Plague in India, 1896, 1897 - Volume 3
Year: 1896
Disease focus: Plague
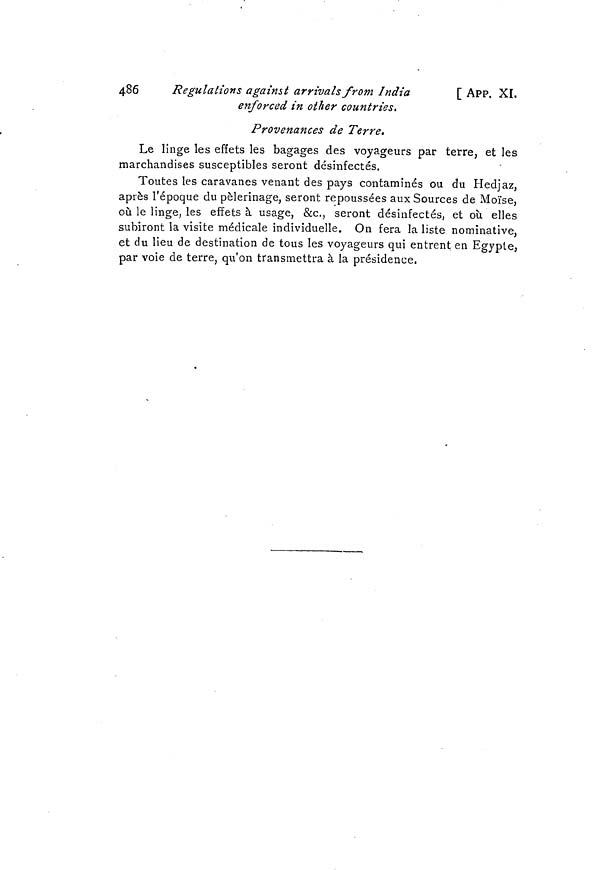
486
Regulations against arrivals from India
[ APP. XI.
enforced in other countries.
Provenances de Terre.
Le linge les effets les bagages des voyageurs par terre, et les
marchandises susceptibles seront désinfectés.
Toutes les caravanes venant des pays contaminés ou du Hedjaz,
après l'époque du pèlerinage, seront repoussées aux Sources de Moïse,
où le linge, les effets à usage, &c., seront désinfectés, et où elles
subiront la visite médicale individuelle. On fera la liste nominative,
et du lieu de destination de tous les voyageurs qui entrent en Egypte,
par voie de terre, qu'on transmettra à la présidence,